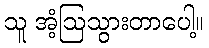
သူ အံ့ဩသွားတာပေါ့။